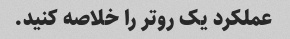
عملکرد یک روتر را خلاصه کنید.